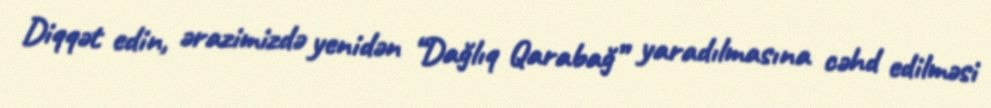
Diqqət edin, ərazimizdə yenidən “Dağlıq Qarabağ” yaradılmasına cəhd edilməsi